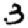
Digit: 3